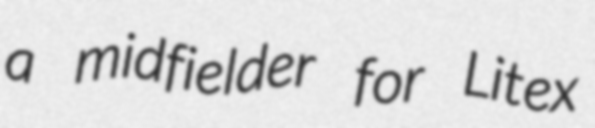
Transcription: a midfielder for Litex